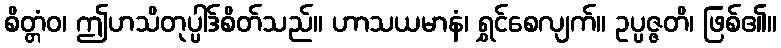
စိတ္တံဝ၊ ဤဟသိတုပ္ပါဒ်စိတ်သည်။ ဟာသယမာနံ၊ ရွှင်စေလျက်။ ဥပ္ပဇ္ဇတိ၊ ဖြစ်၏။